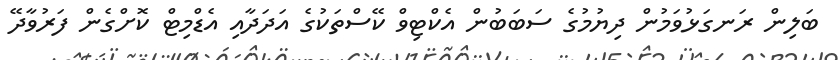
ބަލިން ރަނގަޅުވަމުން ދިޔުމުގެ ސަބަބުން އެކްޓިވް ކޭސްތަކުގެ އަދަދާއި އެޑްމިޓް ކޮށްގެން ފަރުވާދޭ